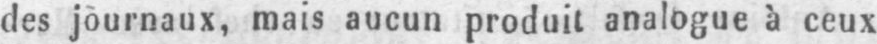
des journaux, mais aucun produit analogue à ceux